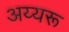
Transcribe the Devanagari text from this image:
अय्यरू